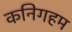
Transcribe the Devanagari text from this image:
कनिगहम